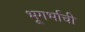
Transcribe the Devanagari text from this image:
भूगर्भाची